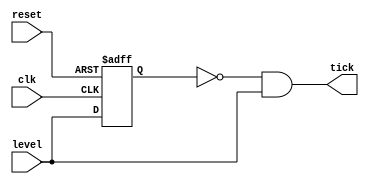
//Listing 5.5
//Chapter 5
//Page 129
//Copyright 2008

//only detects positive edges

module edge_detect_gate
    (
     input wire clk, reset,
     input wire level,
     output wire tick
    );
    
    // signal declaration
    reg delay_reg;
    
    //delay register
    always @(posedge clk, posedge reset)
        if (reset)
            delay_reg <= 1'b0;
        else
            delay_reg <= level;
            
    //decoding logic
    assign tick = ~delay_reg & level;
    
endmodule           // edge_detect_gate